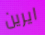
ايرين